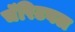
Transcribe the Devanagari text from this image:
चॅरिटबल